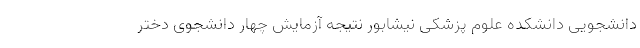
دانشجویی دانشکده علوم پزشکی نیشابور نتیجه آزمایش چهار دانشجوی دختر